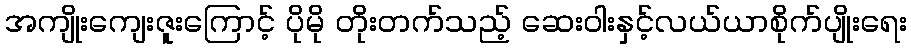
အကျိုးကျေးဇူးကြောင့် ပိုမို တိုးတက်သည့် ဆေးဝါးနှင့်လယ်ယာစိုက်ပျိုးရေး